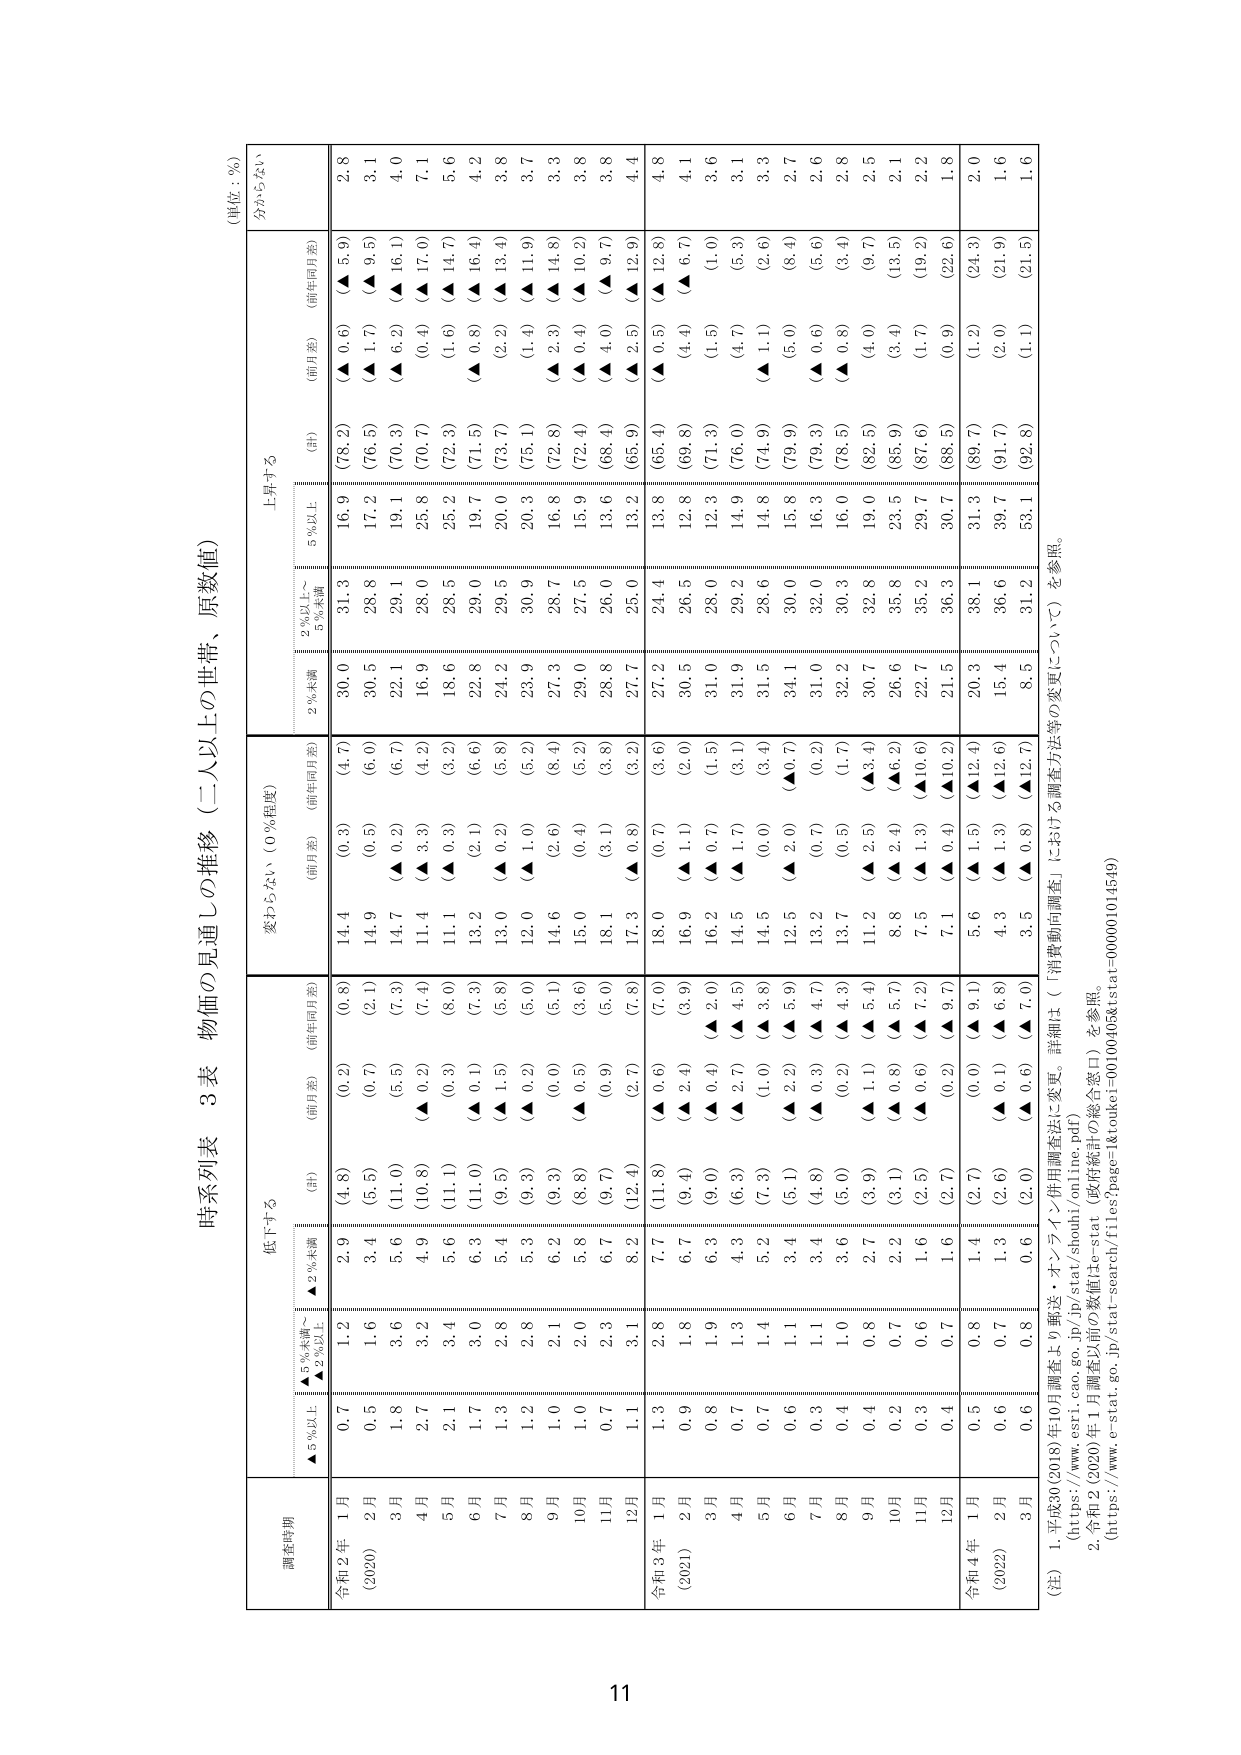
時系列表 3 表 物価の見通しの推移（二人以上の世帯、原数値）
（単位：％）

調査時期
令和2年 1月
(2020)
2月
3月
4月
5月
6月
7月
8月
9月
10月
11月
12月
令和3年 1月
(2021)
2月
3月
4月
5月
6月
7月
8月
9月
10月
11月
12月
令和4年 1月
(2022)
2月
3月

低下する
▲5％以上
1.2
1.6
3.6
3.2
3.4
3.0
2.8
2.8
2.1
2.0
2.3
3.1
2.8
1.8
1.9
1.3
1.4
1.1
1.1
1.0
0.8
0.7
0.6
0.7
0.8
0.7
0.8

▲2％未満～
▲5％未満
0.7
0.5
1.8
2.7
2.1
1.7
1.3
1.2
1.0
1.0
0.7
1.1
1.3
0.9
0.8
0.7
0.7
0.6
0.3
0.4
0.4
0.2
0.3
0.4
0.5
0.6
0.6

（計）
(4.8)
(5.5)
(11.0)
(10.8)
(11.1)
(11.0)
(9.5)
(9.3)
(9.3)
(8.8)
(9.7)
(12.4)
(11.8)
(9.4)
(9.0)
(6.3)
(7.3)
(5.1)
(4.8)
(5.0)
(3.9)
(3.1)
(2.5)
(2.7)
(2.7)
(2.6)
(2.0)

（前月差）
(0.2)
(0.7)
(5.5)
(▲ 0.2)
(0.3)
(▲ 0.1)
(▲ 1.5)
(▲ 0.2)
(0.0)
(▲ 0.5)
(0.9)
(2.7)
(▲ 0.6)
(▲ 2.4)
(▲ 0.4)
(▲ 2.7)
(1.0)
(▲ 2.2)
(▲ 0.3)
(0.2)
(▲ 1.1)
(▲ 0.8)
(▲ 0.6)
(0.2)
(0.0)
(▲ 0.1)
(▲ 0.6)

（前年同月差）
(0.8)
(2.1)
(7.3)
(7.4)
(8.0)
(7.3)
(5.8)
(5.0)
(5.1)
(3.6)
(5.0)
(7.8)
(7.0)
(3.9)
(▲ 2.0)
(▲ 4.5)
(▲ 3.8)
(▲ 5.9)
(▲ 4.7)
(▲ 4.3)
(▲ 5.4)
(▲ 5.7)
(▲ 7.2)
(▲ 9.7)
(▲ 9.1)
(▲ 6.8)
(▲ 7.0)

変わらない（0％程度）
（前月差）
(0.3)
(0.5)
(▲ 0.2)
(▲ 3.3)
(▲ 0.3)
(2.1)
(▲ 0.2)
(▲ 1.0)
(2.6)
(0.4)
(3.1)
(▲ 0.8)
(0.7)
(▲ 1.1)
(▲ 0.7)
(▲ 1.7)
(0.0)
(▲ 2.0)
(0.7)
(0.5)
(▲ 2.5)
(▲ 2.4)
(▲ 1.3)
(▲ 0.4)
(▲ 1.5)
(▲ 1.3)
(▲ 0.8)

（前年同月差）
(4.7)
(6.0)
(6.7)
(4.2)
(3.2)
(6.6)
(5.8)
(5.2)
(8.4)
(5.2)
(3.8)
(3.2)
(3.6)
(2.0)
(1.5)
(3.1)
(3.4)
(▲0.7)
(0.2)
(1.7)
(▲3.4)
(▲6.2)
(▲10.6)
(▲10.2)
(▲12.4)
(▲12.6)
(▲12.7)

上昇する
2％未満
30.0
30.5
22.1
16.9
18.6
22.8
24.2
23.9
27.3
29.0
28.8
27.7
27.2
30.5
31.0
31.9
31.5
34.1
31.0
32.2
30.7
26.6
22.7
21.5
20.3
15.4
8.5

2％以上～
5％未満
31.3
28.8
29.1
28.0
28.5
29.0
29.5
30.9
28.7
27.5
26.0
25.0
24.4
26.5
28.0
29.2
28.6
30.0
32.0
30.3
32.8
35.8
35.2
36.3
38.1
36.6
31.2

5％以上
16.9
17.2
19.1
25.8
25.2
19.7
20.0
20.3
16.8
15.9
13.6
13.2
13.8
12.8
12.3
14.9
14.8
15.8
16.3
16.0
19.0
23.5
29.7
30.7
31.3
39.7
53.1

（計）
(78.2)
(76.5)
(70.3)
(70.7)
(72.3)
(71.5)
(73.7)
(75.1)
(72.8)
(72.4)
(68.4)
(65.9)
(65.4)
(69.8)
(71.3)
(76.0)
(74.9)
(79.9)
(79.3)
(78.5)
(82.5)
(85.9)
(87.6)
(88.5)
(89.7)
(91.7)
(92.8)

（前月差）
(▲ 0.6)
(▲ 1.7)
(▲ 6.2)
(0.4)
(1.6)
(▲ 0.8)
(2.2)
(1.4)
(▲ 2.3)
(▲ 0.4)
(▲ 4.0)
(▲ 2.5)
(▲ 0.5)
(4.4)
(1.5)
(4.7)
(▲ 1.1)
(5.0)
(▲ 0.6)
(▲ 0.8)
(4.0)
(3.4)
(1.7)
(0.9)
(1.2)
(2.0)
(1.1)

（前年同月差）
(▲ 5.9)
(▲ 9.5)
(▲ 16.1)
(▲ 17.0)
(▲ 14.7)
(▲ 16.4)
(▲ 13.4)
(▲ 11.9)
(▲ 14.8)
(▲ 10.2)
(▲ 9.7)
(▲ 12.9)
(▲ 12.8)
(▲ 6.7)
(1.0)
(5.3)
(2.6)
(8.4)
(5.6)
(3.4)
(9.7)
(13.5)
(19.2)
(22.6)
(24.3)
(21.9)
(21.5)

分からない
2.8
3.1
4.0
7.1
5.6
4.2
3.8
3.7
3.3
3.8
3.8
4.4
4.8
4.1
3.6
3.1
3.3
2.7
2.6
2.8
2.5
2.1
2.2
1.8
2.0
1.6
1.6

（注）
1. 平成30（2018）年10月調査より郵送・オンライン併用調査法に変更。詳細は（「消費動向調査」における調査方法等の変更について）を参照。
（https://www.esri.cao.go.jp/jp/stat/shoshi/online/pdf）
2. 令和2（2020）年1月調査以前の数値はe-stat（政府統計の総合窓口）を参照。
（https://www.e-stat.go.jp/stat-search/files?page=1&toukei=00100100&stat=000001014549）

11